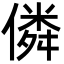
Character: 僯